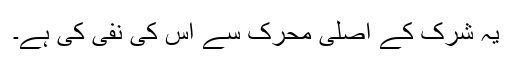
یہ شرک کے اصلی محرک سے اُس کی نفی کی ہے۔